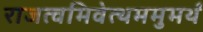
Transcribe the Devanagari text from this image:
राजत्वमिवेत्थममुमर्थं